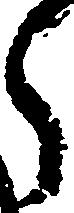
ら